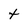
Character: t